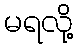
မရလို့